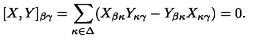
[ X , Y ] _ { \beta \gamma } = \sum _ { \kappa \in \Delta } ( X _ { \beta \kappa } Y _ { \kappa \gamma } - Y _ { \beta \kappa } X _ { \kappa \gamma } ) = 0 .